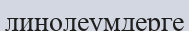
линолеумдерге